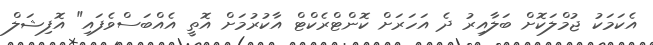
އެކަމަކު ޖުމްލަކޮށް ބަލާއިރު ދެ އަހަރަށް ކޮންޓްރެކްޓް އާކުރުމަށް އޮތީ އެއްބަސްވެފައި" އޮފިޝަލް